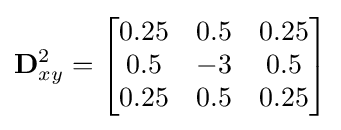
\mathbf {D} _{xy}^{2}={\begin{bmatrix}0.25&0.5&0.25\\0.5&-3&0.5\\0.25&0.5&0.25\end{bmatrix}}